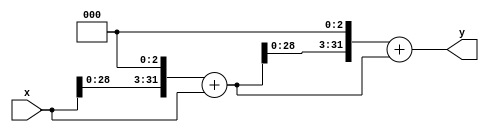
module multi(y,x);
  input[31:0] x;
  output[31:0] y;
  reg [31:0] a;
   reg [31:0] b;
   reg [31:0] c;
   reg [31:0] d;
 
 
   always@(x)begin
 
 
 //here defined a=8x
  a=(x<<3);
  //here defined b=9x
  b=a+x;
//here defined c=23x
  c=(a<<2)-b;
  //here defined d=81x 
  d=(b<<3)+b;
  
end
assign y=d;

endmodule